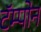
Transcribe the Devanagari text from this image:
टॅम्पोन